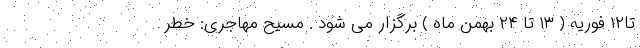
تا۱۲ فوریه ( ۱۳ تا ۲۴ بهمن ماه ) برگزار می شود . مسیح مهاجری: خطر